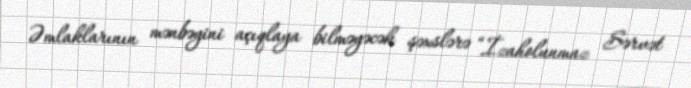
Əmlaklarının mənbəyini açıqlaya bilməyəcək şəxslərə “İzaholunmaz Sərvət